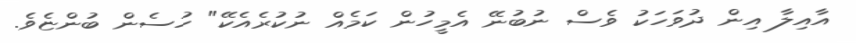
އާއިލާ އިން ދުވަހަކު ވެސް ނުބުނޭ އެމީހުން ކަމެއް ނުކުރެއެކޭ" ހުސެން ބުންޏެވެ.